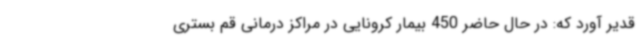
قدیر آورد که: در حال حاضر 450 بیمار کرونایی در مراکز درمانی قم بستری